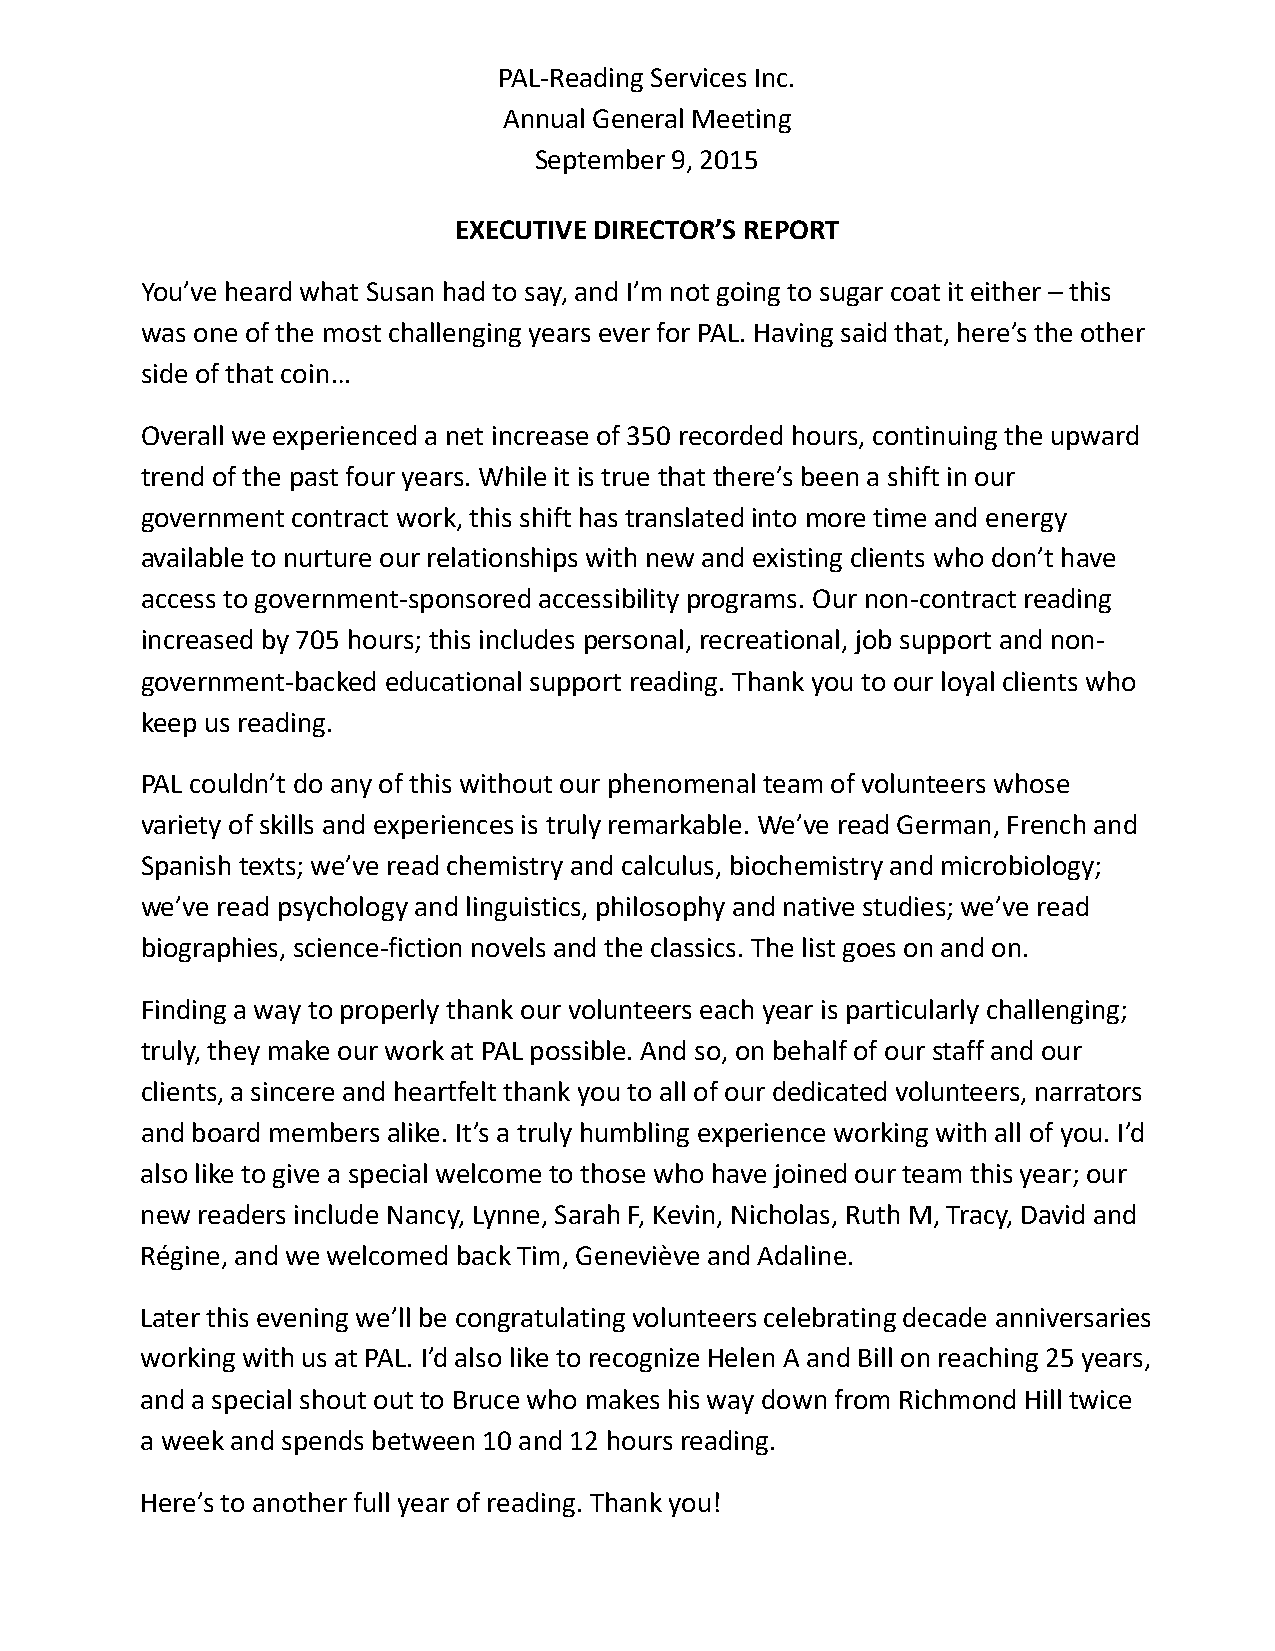
PAL-Reading Services Inc.
 Annual General Meeting
 September 9, 2015
 EXECUTIVE DIRECTOR’S REPORT
 You’ve heard what Susan had to say, and I’m not going to sugar coat it either – this
 was one of the most challenging years ever for PAL. Having said that, here’s the other
 side of that coin…
 Overall we experienced a net increase of 350 recorded hours, continuing the upward
 trend of the past four years. While it is true that there’s been a shift in our
 government contract work, this shift has translated into more time and energy
 available to nurture our relationships with new and existing clients who don’t have
 access to government-sponsored accessibility programs. Our non-contract reading
 increased by 705 hours; this includes personal, recreational, job support and non-
 government-backed educational support reading. Thank you to our loyal clients who
 keep us reading.
 PAL couldn’t do any of this without our phenomenal team of volunteers whose
 variety of skills and experiences is truly remarkable. We’ve read German, French and
 Spanish texts; we’ve read chemistry and calculus, biochemistry and microbiology;
 we’ve read psychology and linguistics, philosophy and native studies; we’ve read
 biographies, science-fiction novels and the classics. The list goes on and on.
 Finding a way to properly thank our volunteers each year is particularly challenging;
 truly, they make our work at PAL possible. And so, on behalf of our staff and our
 clients, a sincere and heartfelt thank you to all of our dedicated volunteers, narrators
 and board members alike. It’s a truly humbling experience working with all of you. I’d
 also like to give a special welcome to those who have joined our team this year; our
 new readers include Nancy, Lynne, Sarah F, Kevin, Nicholas, Ruth M, Tracy, David and
 Régine, and we welcomed back Tim, Geneviève and Adaline.
 Later this evening we’ll be congratulating volunteers celebrating decade anniversaries
 working with us at PAL. I’d also like to recognize Helen A and Bill on reaching 25 years,
 and a special shout out to Bruce who makes his way down from Richmond Hill twice
 a week and spends between 10 and 12 hours reading.
 Here’s to another full year of reading. Thank you!